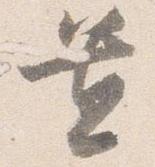
置